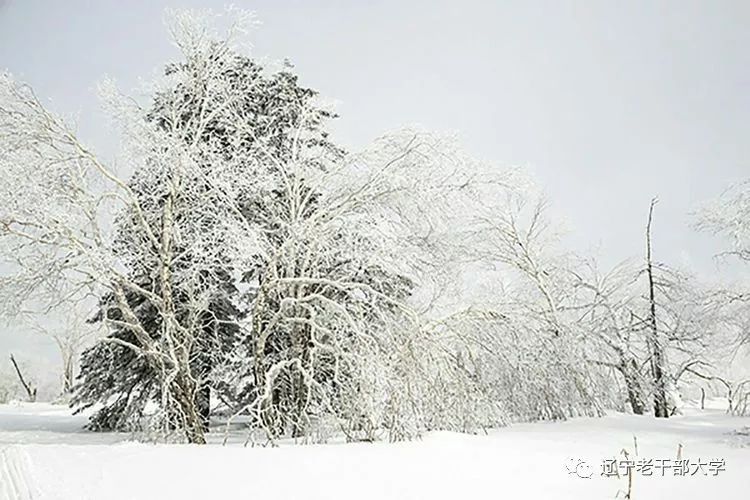
地白风色寒，雪花大如手。